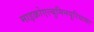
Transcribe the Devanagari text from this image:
माइक्रोएल्बुमिनयूरियाका